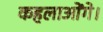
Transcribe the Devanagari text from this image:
कहलाओंगे।